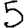
Digit: 5